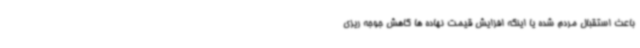
باعث استقبال مردم شده یا اینکه افزایش قیمت نهاده ها کاهش جوجه ریزی